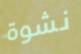
نشوة